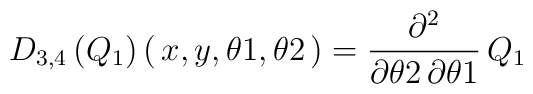
{{D}_{3, 4}} \left( \! \,{{Q}_{1}}\, \!  \right) (\,{x}, {y}, {\theta 1}, { \theta 2}\,)= {\frac {{ \partial}^{2}}{{ \partial}{ \theta 2}\,{ \partial}{\theta 1}}}\,{{Q}_{1}}